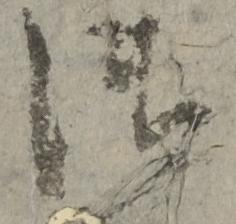
御